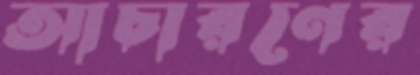
আচারণের